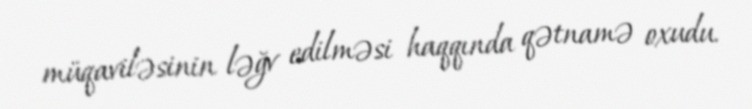
müqaviləsinin ləğv edilməsi haqqında qətnamə oxudu.